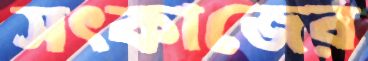
সৎকাজের